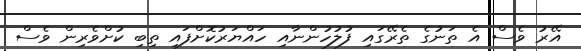
އޭރު ވެސް އެ ތަނުގެ ތެރޭގައި ފުލުހުންނާއި ހައްޔަރުކޮށްފައި ތިބި ކުށްވެރިން ވެސް